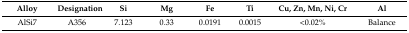
<table><thead><tr><td><b>Alloy</b></td><td><b>Designation</b></td><td><b>Si</b></td><td><b>Mg</b></td><td><b>Fe</b></td><td><b>Ti</b></td><td><b>Cu, Zn, Mn, Ni, Cr</b></td><td><b>Al</b></td></tr></thead><tbody><tr><td>AlSi7</td><td>A356</td><td>7.123</td><td>0.33</td><td>0.0191</td><td>0.0015</td><td>&lt;0.02%</td><td>Balance</td></tr></tbody></table>